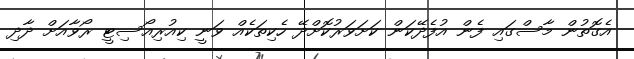
އެގޮތުން މާސްގައި ފެން އުފެދޭކަން ކަށަވަރުކޮށްދޭ ހެކިތަކެއް ވަނީ ކިއުރިއޯސިޓީ ރޯވާއަށް ދާދި